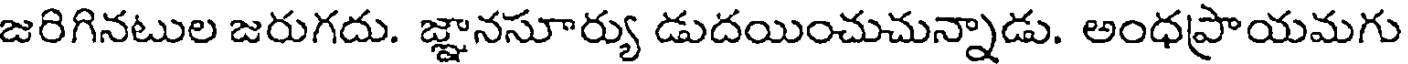
జరిగినటుల జరుగదు. జ్ఞానసూర్యు డుదయించుచున్నాడు. అంధప్రాయమగు